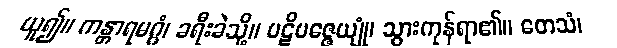
ယူ၍။ ကန္တာရမဂ္ဂံ၊ ခရီးခဲသို့။ ပဋိပဇ္ဇေယျုံ၊ သွားကုန်ရာ၏။ တေသံ၊